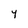
Character: y